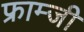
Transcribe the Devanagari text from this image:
फ्राम्जी